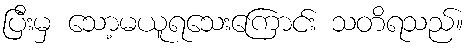
ပြီးမှ သော့မယူရသေးကြောင်း သတိရသည်။